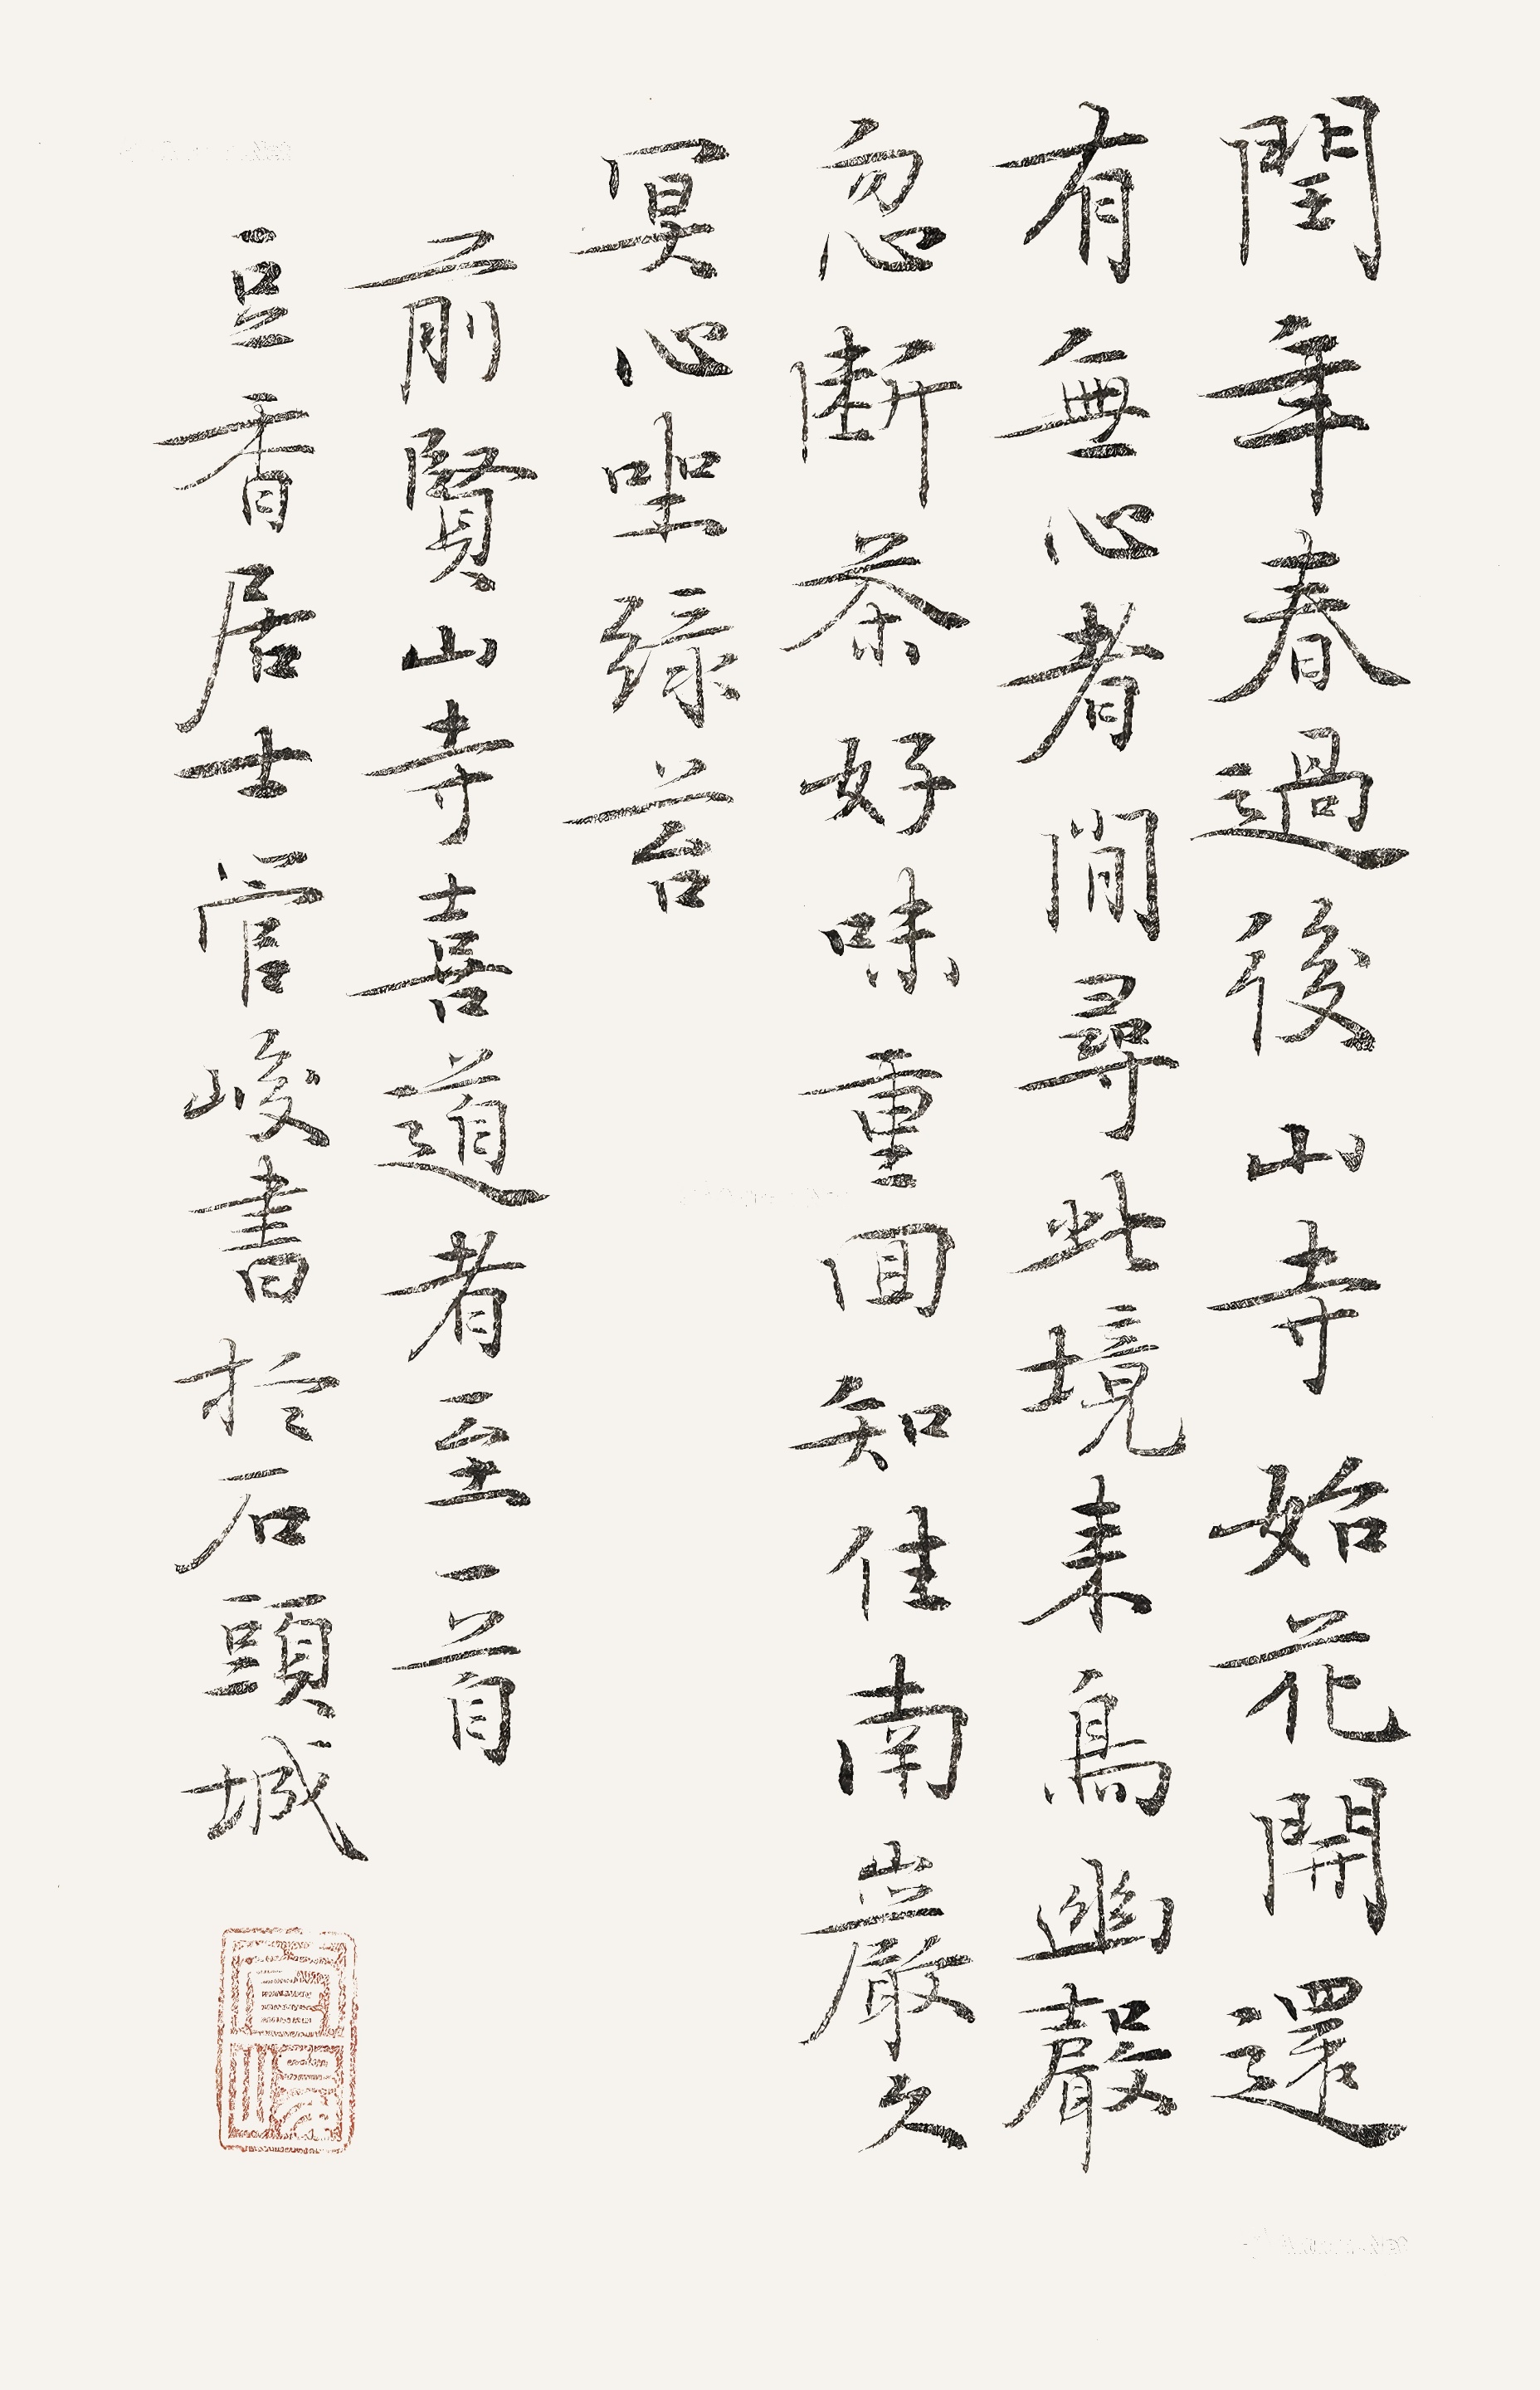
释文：闰年春过后，山寺始花开。还有无心者，闲寻此境来。鸟幽声忽断，茶好味重回。知住南岩久，冥心坐绿苔。前贤《山寺喜道者至》一首。豆香居士管峻书于石头城